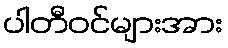
ပါတီဝင်များအား